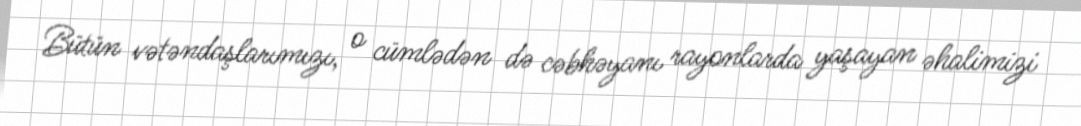
Bütün vətəndaşlarımızı, o cümlədən də cəbhəyanı rayonlarda yaşayan əhalimizi